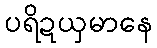
ပရိဍယှမာနေ